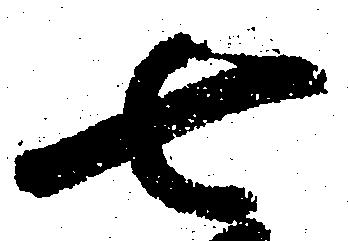
七